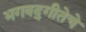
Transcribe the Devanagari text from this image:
भगवद्‌गीतेचे